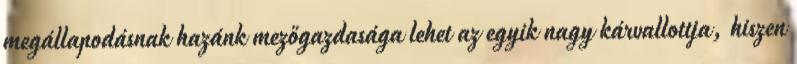
megállapodásnak hazánk mezőgazdasága lehet az egyik nagy kárvallottja, hiszen